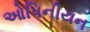
ઓપિનીયન